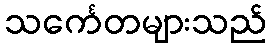
သင်္ကေတများသည်